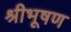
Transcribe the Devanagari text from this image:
श्रीभूषण